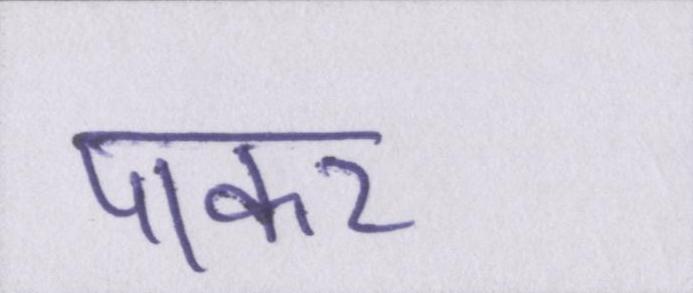
पाकर